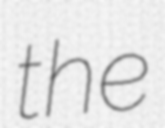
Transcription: the